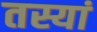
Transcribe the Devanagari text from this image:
तस्यां